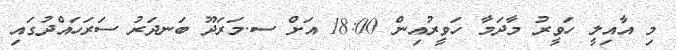
މި އާއިލީ ހަވީރު މާދަމާ ހަވީރުއިން 18:00 އަށް ސ.މަރަދޫ ބަނދަރު ސަރަހައްދުގައި